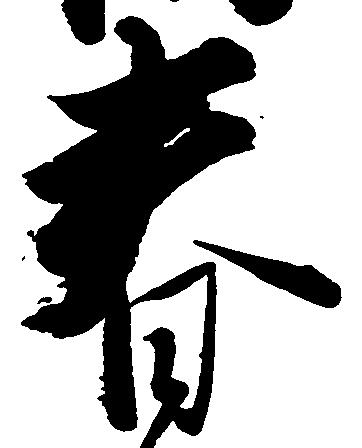
春